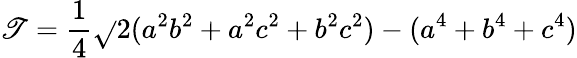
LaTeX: \mathscr{T}={\frac{{1}}{{4}}}{\sqrt{}{{2(a^{2}b^{2}+a^{2}c^{2}+b^{2}c^{2})-(a^{4}+b^{4}+c^{4})}}}